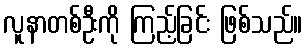
လူနာတစ်ဦးကို ကြည့်ခြင်း ဖြစ်သည်။